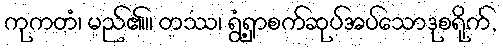
ကုကတံ၊ မည်၏။ တဿ၊ ရွံ့ရှာစက်ဆုပ်အပ်သောဒုစရိုက်,